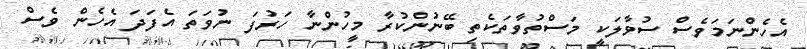
އެހެންނަމަވެސް ސުވާލަކީ މަސްތުވާތަކެތި ބޭނުންކުރާ މީހުންނާ ހަރުފަ ނުވަތަ އެފަދަ އެހެން ވެސް